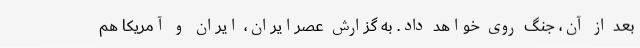
بعد از آن، جنگ روی خواهد داد. به گزارش عصرایران، ایران و آمریکا هم